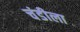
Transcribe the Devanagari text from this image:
चंडीला